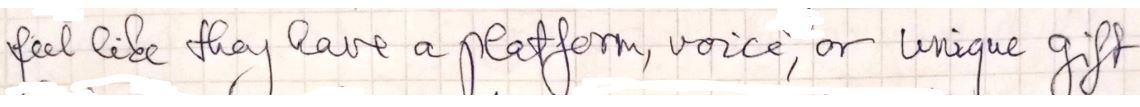
feel like they have a platform, voice , or unique gift